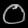
Digit: ၀